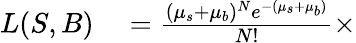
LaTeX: \begin{array}{rl}{L(S,B)}&{{}=\frac{(\mu_{s}+\mu_{b})^{N}e^{-(\mu_{s}+\mu_{b})}}{N!}\times}\end{array}